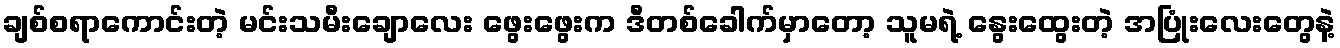
ချစ်စရာကောင်းတဲ့ မင်းသမီးချောလေး ဖွေးဖွေးက ဒီတစ်ခေါက်မှာတော့ သူမရဲ့ နွေးထွေးတဲ့ အပြုံးလေးတွေနဲ့